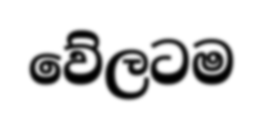
වේලටම